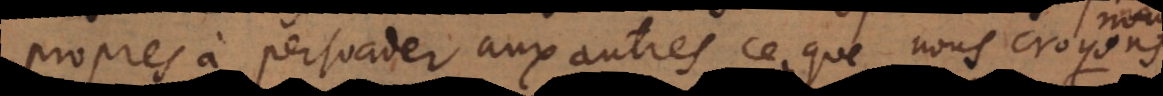
propres à persuader aux autres ce que nous croyons,